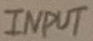
Text: INPUT